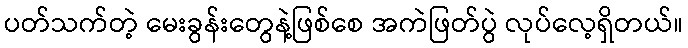
ပတ်သက်တဲ့ မေးခွန်းတွေနဲ့ဖြစ်စေ အကဲဖြတ်ပွဲ လုပ်လေ့ရှိတယ်။